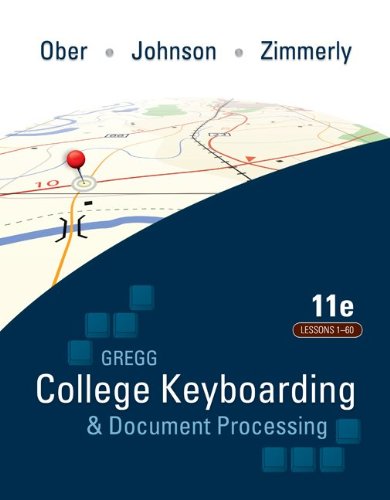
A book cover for Gregg College Keyboarding & Document Processing, Kit 1, Lessons 1-60: with Word 2007 Manual, 11th Edition; Scot Ober; Business & Money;